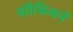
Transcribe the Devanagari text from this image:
सौकिबर्न